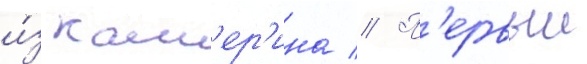
и́з кам'ер'ина // П'ервыи